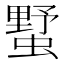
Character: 𧐓